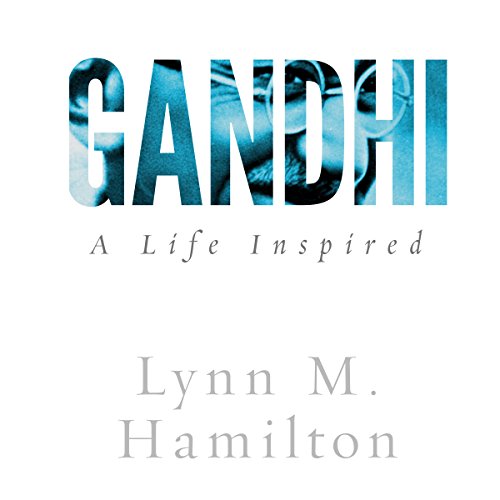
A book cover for Gandhi: A Life Inspired; Lynn M. Hamilton; Religion & Spirituality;